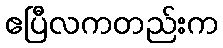
ဧပြီလကတည်းက